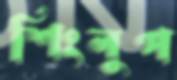
শিংলুপ